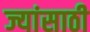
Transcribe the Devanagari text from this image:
ज्यांसाठी